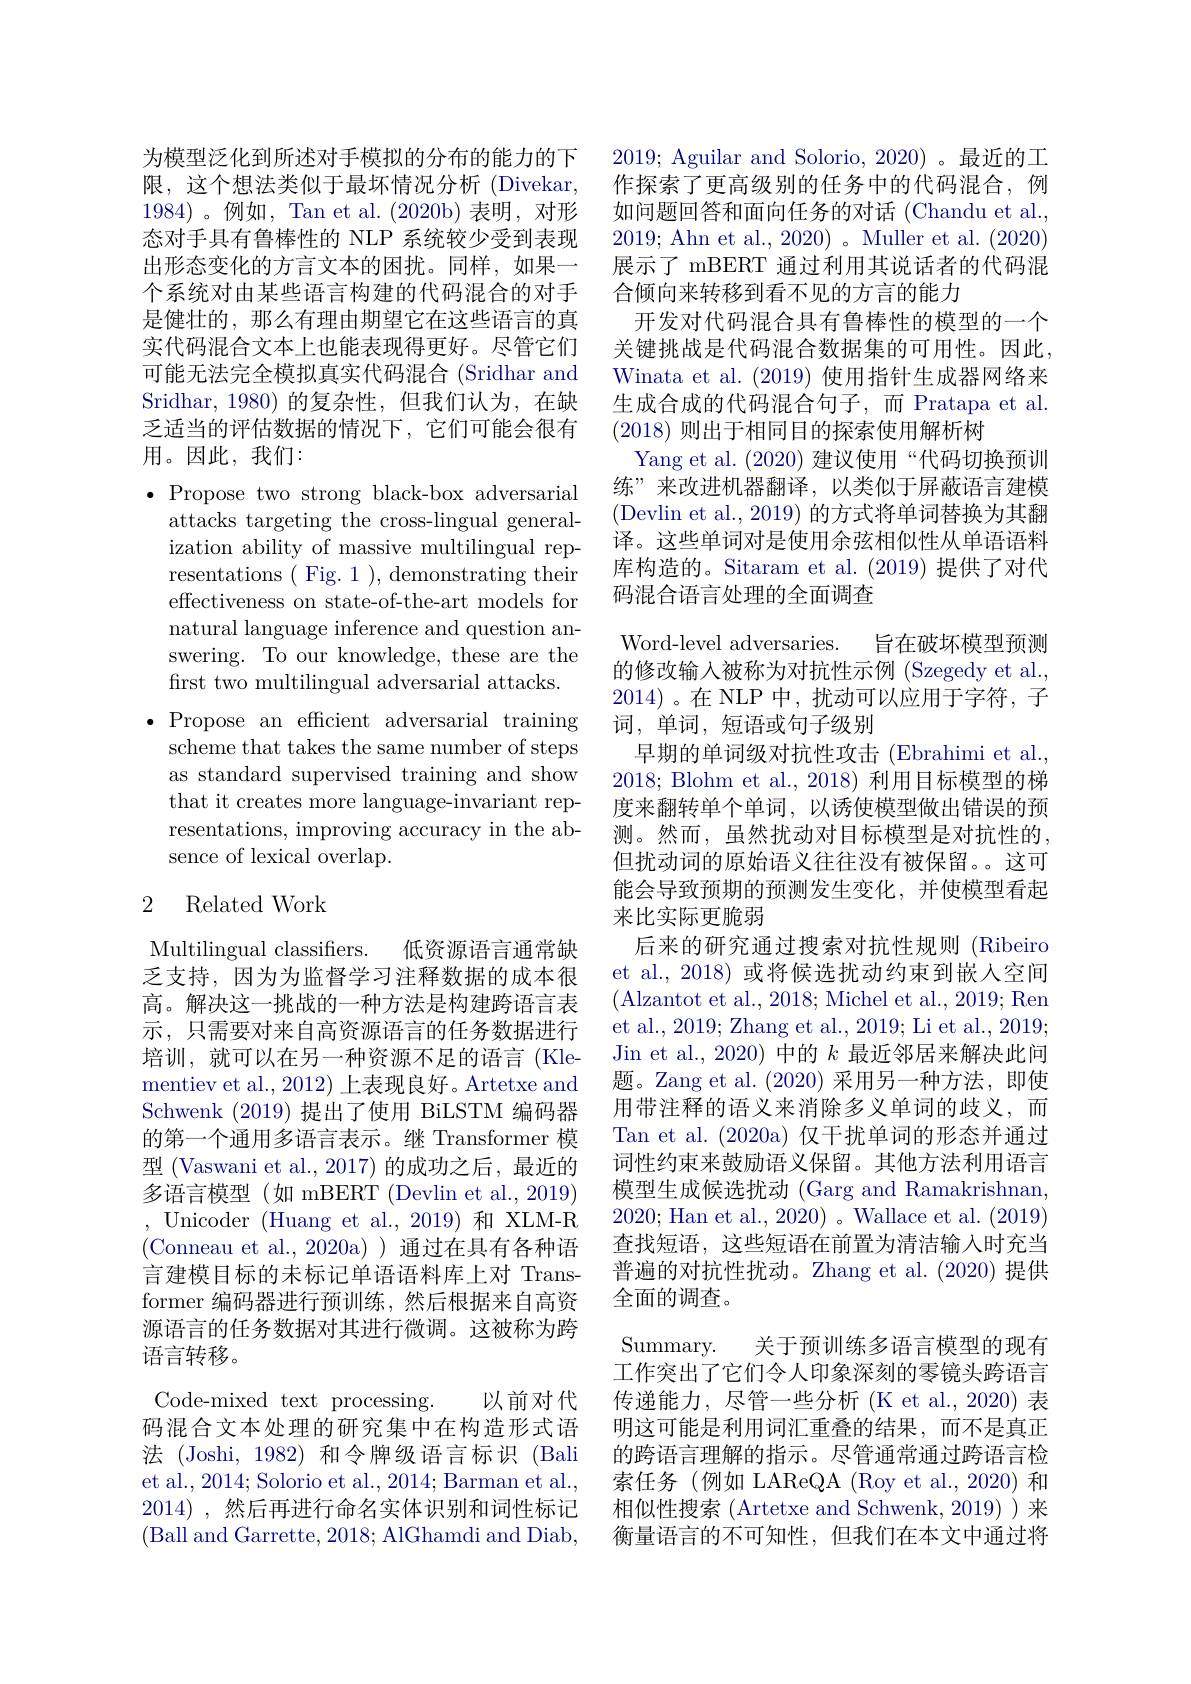
为模型泛化到所述对手模拟的分布的能力的下限，这个想法类似于最坏情况分析(Divekar, 1984)。例如，Tan et al.(2020b)表明，对形态对手具有鲁棒性的 NLP 系统较少受到表现出形态变化的方言文本的困扰。同样，如果一个系统对由某些语言构建的代码混合的对手是健壮的，那么有理由期望它在这些语言的真实代码混合文本上也能表现得更好。尽管它们可能无法完全模拟真实代码混合 (Sridhar and Sridhar,1980)的复杂性，但我们认为，在缺乏适当的评估数据的情况下，它们可能会很有用。因此，我们：

$\bullet$ Propose two strong black-box adversarial
attacks targeting the cross-lingual generalization ability of massive multilingual representations ( Fig. 1 ), demonstrating their effectiveness on state-of-the-art models for natural language inference and question answering. To our knowledge, these are the first two multilingual adversarial attacks.
$\bullet$ Propose an efficient adversarial training
scheme that takes the same number of steps as standard supervised training and show that it creates more language-invariant representations, improving accuracy in the absence of lexical overlap.

## 2 Related Work

Multilingual classifiers. 低资源语言通常缺乏支持，因为为监督学习注释数据的成本很高。解决这一挑战的一种方法是构建跨语言表示，只需要对来自高资源语言的任务数据进行培训，就可以在另一种资源不足的语言(Kle-) mentiev et al., 2012) 上表现良好。Artetxe and Schwenk (2019)提出了使用 BiLSTM 编码器的第一个通用多语言表示。继 Transformer 模型 (Vaswani et al., 2017) 的成功之后，最近的多语言模型(如 mBERT(Devlin et al.,2019) ,Unicoder(Huang et al.,2019)和XLM-R (Conneau et al.,2020a))通过在具有各种语言建模目标的未标记单语语料库上对 Transformer 编码器进行预训练，然后根据来自高资源语言的任务数据对其进行微调。这被称为跨语言转移。
Code-mixed text processing.
以前对代
码混合文本处理的研究集中在构造形式语法 (Joshi, 1982) 和令牌级语言标识 (Bali et al., 2014; Solorio et al., 2014; Barman et al., 2014) ,然后再进行命名实体识别和词性标记(Ball and Garrette, 2018; AlGhamdi and Diab,

2019; Aguilar and Solorio, 2020)。最近的工作探索了更高级别的任务中的代码混合，例如问题回答和面向任务的对话 (Chandu et al., 2019; Ahn et al., 2020) 。Muller et al. (2020) 展示了 mBERT 通过利用其说话者的代码混合倾向来转移到看不见的方言的能力
开发对代码混合具有鲁棒性的模型的一个关键挑战是代码混合数据集的可用性。因此， Winata et al. (2019) 使用指针生成器网络来生成合成的代码混合句子，而 Pratapa et al. (2018)则出于相同目的探索使用解析树
Yang et al. (2020) 建议使用“代码切换预训练”来改进机器翻译，以类似于屏蔽语言建模(Devlin et al., 2019) 的方式将单词替换为其翻译。这些单词对是使用余弦相似性从单语语料库构造的。Sitaram et al.(2019)提供了对代码混合语言处理的全面调查
Word-level adversaries. 旨在破坏模型预测的修改输入被称为对抗性示例 (Szegedy et al., 2014)。在 NLP 中，扰动可以应用于字符，子词，单词，短语或句子级别
早期的单词级对抗性攻击 (Ebrahimi et al. 2018; Blohm et al., 2018) 利用目标模型的梯度来翻转单个单词，以诱使模型做出错误的预测。然而，虽然扰动对目标模型是对抗性的但扰动词的原始语义往往没有被保留。。这可能会导致预期的预测发生变化，并使模型看起来比实际更脆弱
后来的研究通过搜索对抗性规则 (Ribeiro et al., 2018) 或将候选扰动约束到嵌人空间(Alzantot et al., 2018; Michel et al., 2019; Ren et al., 2019; Zhang et al., 2019; Li et al., 2019; Jin et al., 2020) 中的$k$最近邻居来解决此问题。Zang et al.(2020) 采用另一种方法，即使用带注释的语义来消除多义单词的歧义，而Tan et al. (2020a) 仅干扰单词的形态并通过词性约束来鼓励语义保留。其他方法利用语言模型生成候选扰动 (Garg and Ramakrishnan, 2020;Han et al., 2020)。Wallace et al. (2019) 查找短语，这些短语在前置为清洁输入时充当普遍的对抗性扰动。Zhang et al. (2020) 提供全面的调查。Summary.
关于预训练多语言模型的现有
工作突出了它们令人印象深刻的零镜头跨语言传递能力，尽管一些分析 (K et al.,2020) 表明这可能是利用词汇重叠的结果，而不是真正的跨语言理解的指示。尽管通常通过跨语言检索任务(例如 LAReQA(Roy et al.,2020) 和相似性搜索 (Artetxe and Schwenk, 2019))来衡量语言的不可知性，但我们在本文中通过将